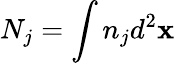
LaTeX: N_{j}=\int n_{j}d^{2}\mathbf{x}